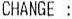
CHANGE :